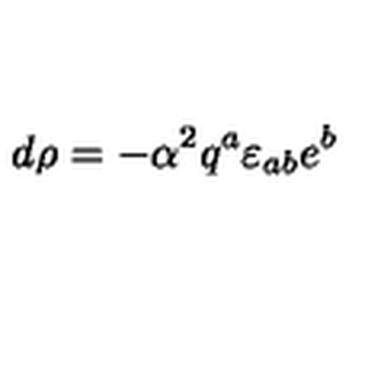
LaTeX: d \rho = - { \alpha } ^ { 2 } q ^ { a } \varepsilon _ { a b } e ^ { b }